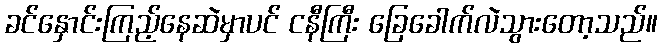
ခင်နှောင်းကြည့်နေဆဲမှာပင် ငနီကြီး ခြေခေါက်လဲသွားတော့သည်။